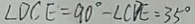
\angle D C E = 9 0 ^ { \circ } - \angle C D E = 3 5 ^ { \circ }